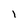
Character: l